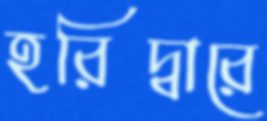
হরিদ্বারে